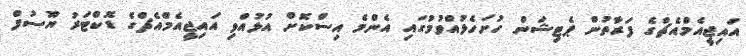
އައިޖީއެމްއެޗްގެ ފަރާތުން ޕެޓިޝަން ހުށަހެޅުއްވުމުގައި އެންމެ އިސްކޮށް އުޅުއްވި އައިޖީއެމްއެޗްގެ ޑޮކްޓަރު ޔޫސުފް